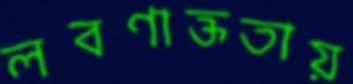
লবণাক্ততায়